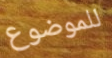
للموضوع